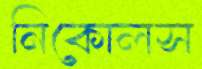
নিকোলস